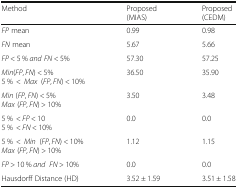
<table><thead><tr><td><b>Method</b></td><td><b>Proposed(MIAS)</b></td><td><b>Proposed(CEDM)</b></td></tr></thead><tbody><tr><td><i>FP</i> mean</td><td>0.99</td><td>0.98</td></tr><tr><td><i>FN</i> mean</td><td>5.67</td><td>5.66</td></tr><tr><td><i>FP</i> &lt; 5 % <i>and FN</i> &lt; 5%</td><td>57.30</td><td>57.25</td></tr><tr><td><i>Min</i>(<i>FP</i>, <i>FN</i>) &lt; 5%5 %&lt;<i>Max</i>(<i>FP</i>, <i>FN</i>) &lt; 10%</td><td>36.50</td><td>35.90</td></tr><tr><td><i>Min</i> (<i>FP</i>, <i>FN</i>) &lt; 5%<i>Max</i> (<i>FP</i>, <i>FN</i>) &gt; 10%</td><td>3.50</td><td>3.48</td></tr><tr><td>5 %&lt; <i>FP</i> &lt; 105 %&lt; <i>FN</i> &lt; 10%</td><td>0.0</td><td>0.0</td></tr><tr><td>5 %&lt;<i>Min</i>(<i>FP</i>, <i>FN</i>) &lt; 10%<i>Max</i> (<i>FP</i>, <i>FN</i>) &gt; 10%</td><td>1.12</td><td>1.15</td></tr><tr><td><i>FP</i> &gt; 10 % <i>and FN</i> &gt; 10%</td><td>0.0</td><td>0.0</td></tr><tr><td>Hausdorff Distance (HD)</td><td>3.52 ± 1.59</td><td>3.51 ± 1.58</td></tr></tbody></table>